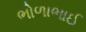
ભોળાભાઈ